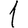
Digit: 1